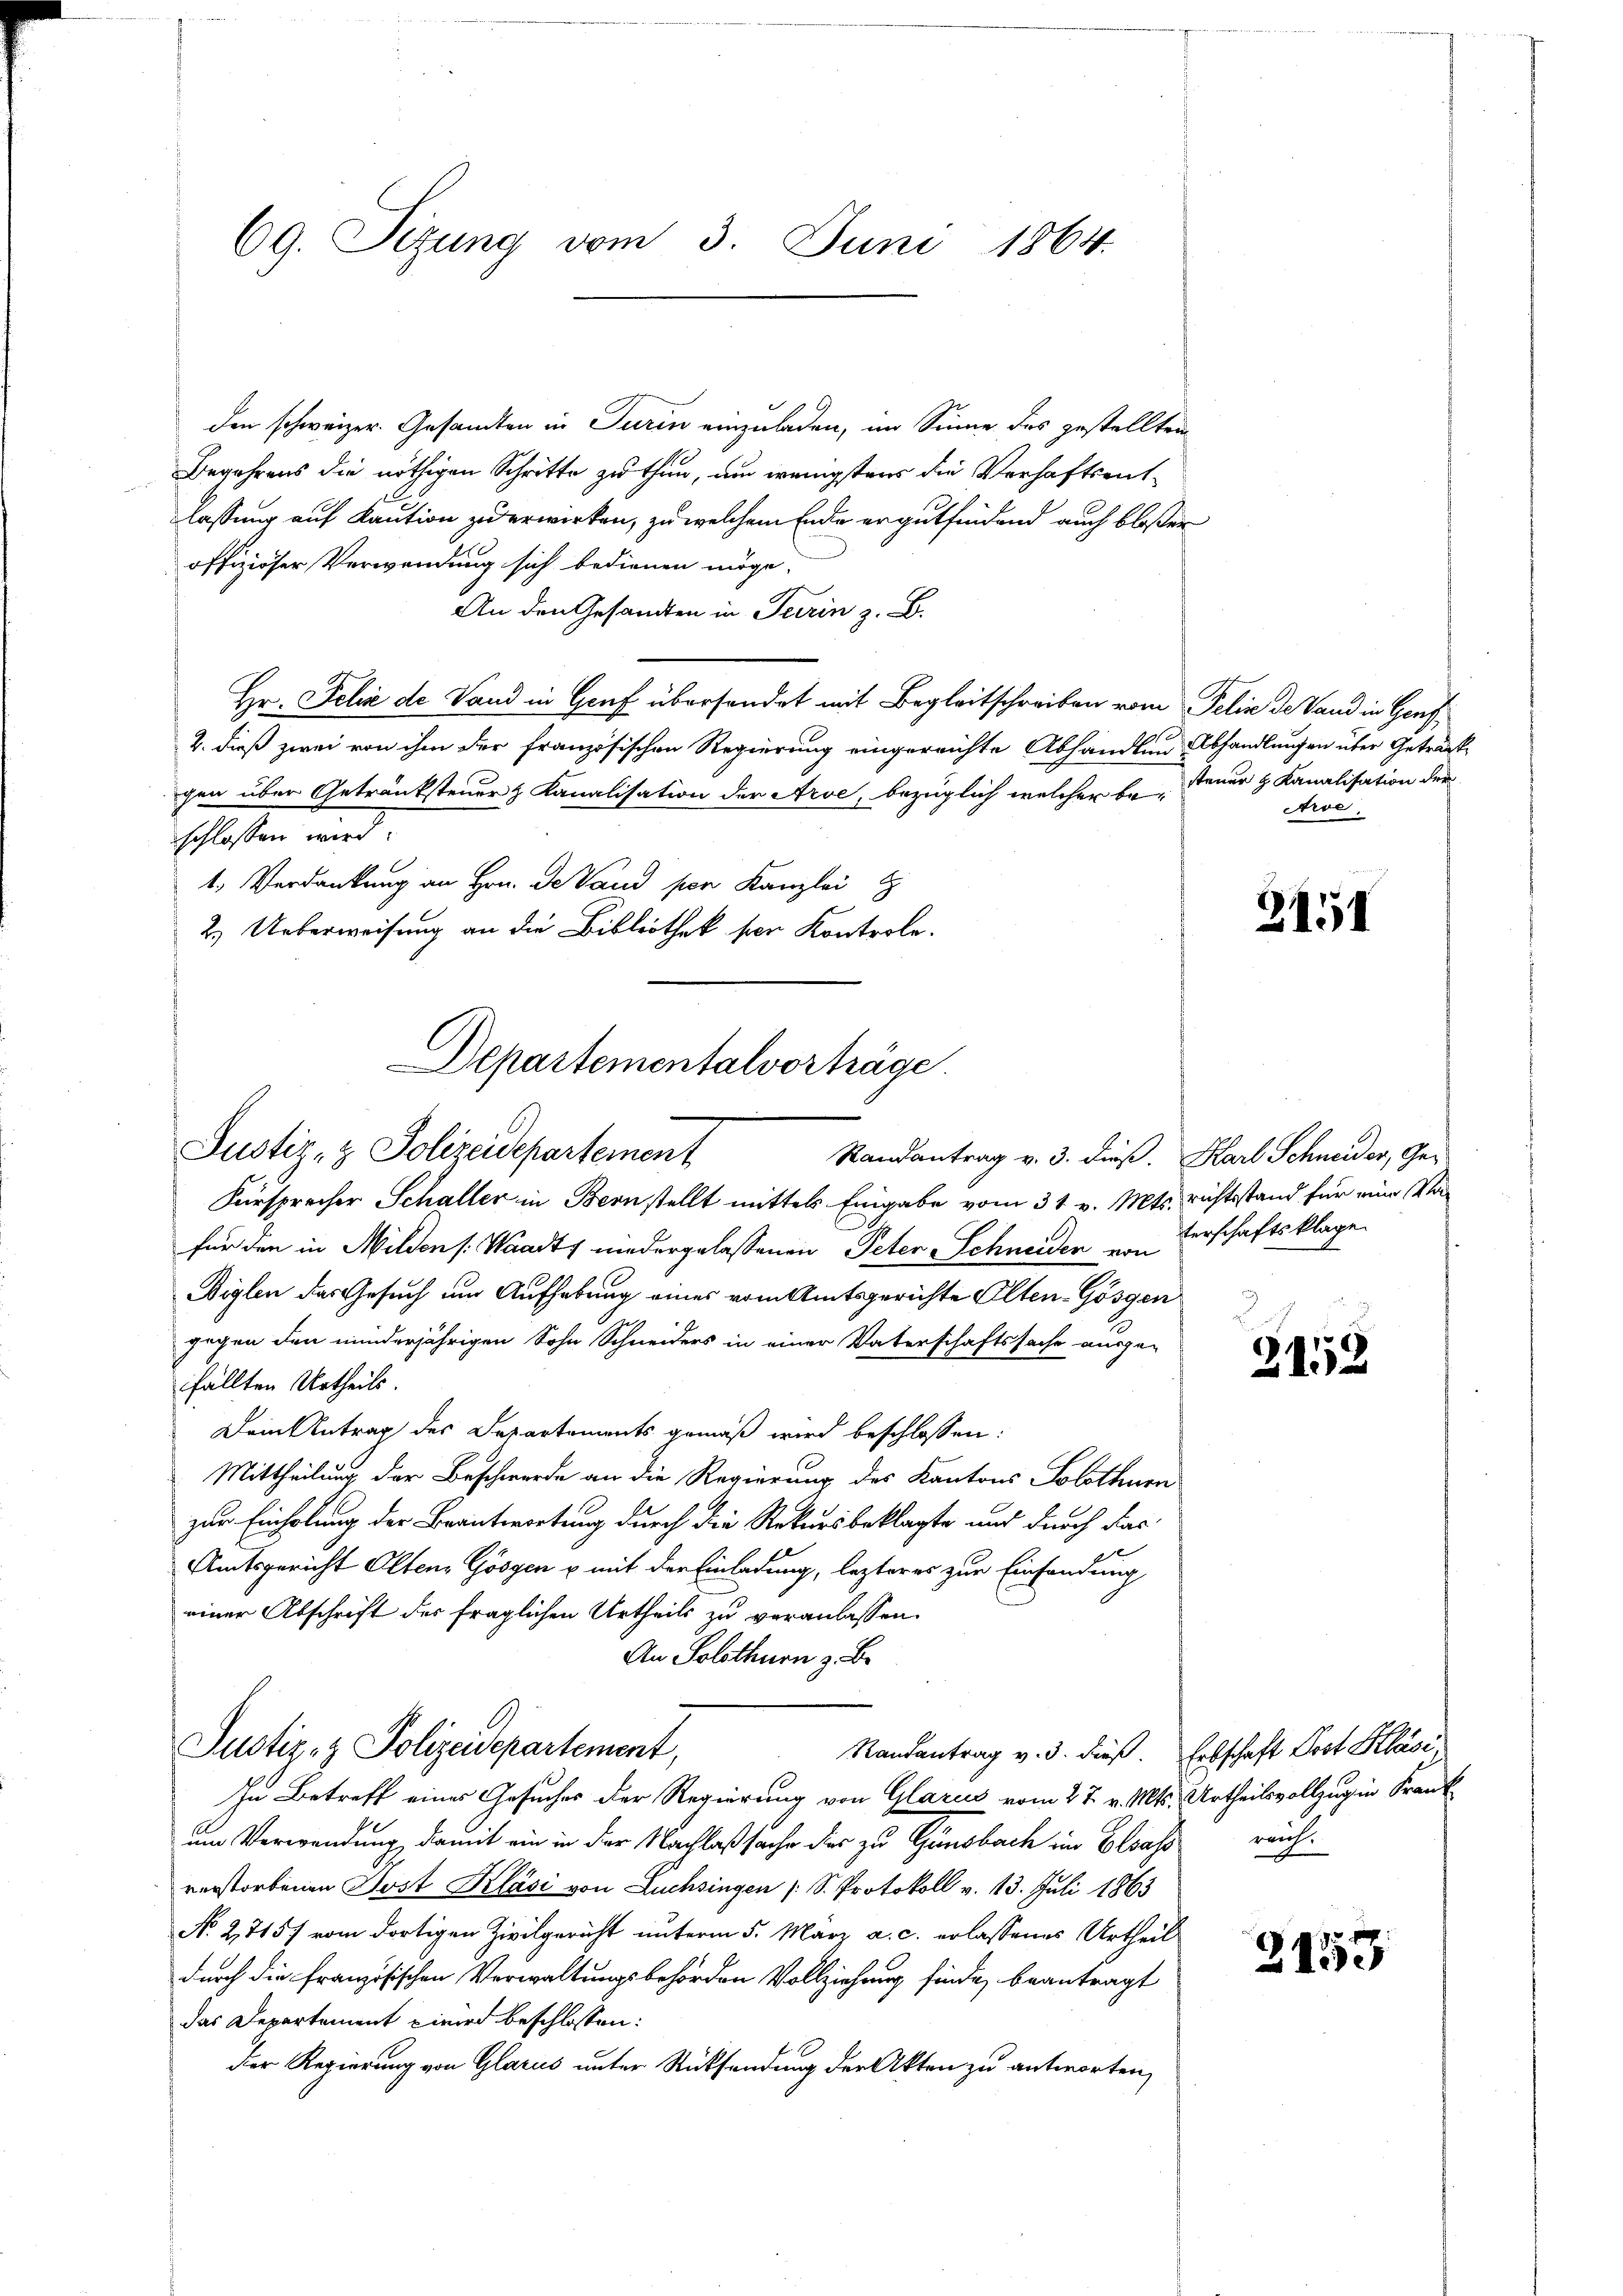
69. Sizung vom 3. Juni 1864.

den schweizer. Gesandten in Turin einzuladen, im Sinne des gestellten
Begehrens die nöthigen Schritte zu thun, um wenigstens die Verhaftsentlassung auf Kaution zu erwirken, zu welchem Ende ergutfindend auch bloßer
offiziöser Verwendung sich bedienen möge.
An den Gesandten in Terrin z. B.
Hr. Felix de Land in Gruf übersendet mit Begleitschreiben vom Felix de Sand in Genf
2. dieß zwei von ihm der französischen Regierung eingereichte Abhandlen Abhandlungen über Geträchtgen über Getränksteuer & Kanalisation der Arve, bezüglich welcher bei Feuer & Kanalisation der
schlossen wird.
1. Verdankung an Hrn. De Vaud per Kanzlei
2.) Ueberweisung an die Bibliothek per Kontrole.
Departementalvorträge

Justiz- & Polizeidepartement

Fürsprecher Schaller in Bernstellt mittels Eingabe vom 31. v. Mts. richtsstand für eine Vafür den in Milden /: Waadt niedergelassenen Peter Schneiden von Verschaftsklage
Biglen das Gesuch um Aufhebung eines vom Amtsgerichte Olten-Gösgen
gegen den minderjährigen Sohn Schneiders in einer Vaterschaftssache ausge-
fällten Urtheils.
Dein Antrag des Departements gemäß wird beschlossen:
Mittheilung der Beschwerde an die Regierung des Kantons Solothurn
zur Einholung der Beantwortung durch die Rekursbeklagte und durch das
Amtsgericht Olten Gösgen u mit der Einladung, lezteres zur Einsendung
einer Abschrift der fraglichen Urtheils zu veranlassen.
An Solothurn z. B.
Justiz- & Polizeidepartement,
Randantrag v. 3. dieß.
In Betreff eines Gesuches der Regierung von Glarus vom 27. v. Mts.
um Verwendung damit ein in der Nachlaßsache der zu Gänsbach im Elsass reichverstorbenen Post Kläsi von Luchsingen (S. Protokoll v. 13. Juli 1863
No. 27157 vom dortigen Zivilgericht unterm 5. März a. c. erlassenes Urtheil
durch die französischen Verwaltungsbehörden Vollziehung finde, beantragt
das Departement einer beschlossen:
Der Regierung von Glarus unter Rücksendung der Akten zu antworten,

Arse

2151

Randantrag v. 3. dieß. Karl Schneider, Ge-

2152

Erbschaft Post Klas
Urtheilsvollzug in Frank

3159